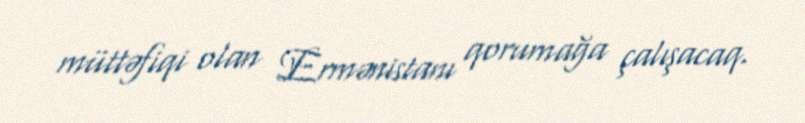
müttəfiqi olan Ermənistanı qorumağa çalışacaq.